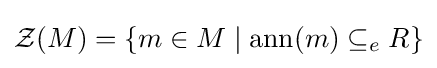
{\mathcal {Z}}(M)=\{m\in M\mid \mathrm {ann} (m)\subseteq _{e}R\}